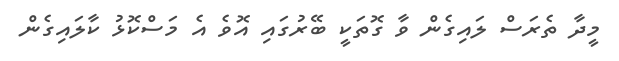
މީދާ ތެރަސް ލައިގެން ވާ ގޮތަކީ ބޭރުގައި އޮވެ އެ މަސްކޮޅު ކާލައިގެން